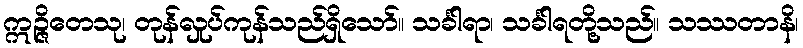
ဣဉ္ဇိတေသု၊ တုန်လှုပ်ကုန်သည်ရှိသော်။ သင်္ခါရာ၊ သင်္ခါရတို့သည်။ သဿတာနိ၊